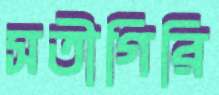
সতীগিরি